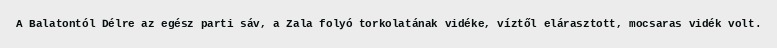
A Balatontól Délre az egész parti sáv, a Zala folyó torkolatának vidéke, víztől elárasztott, mocsaras vidék volt.